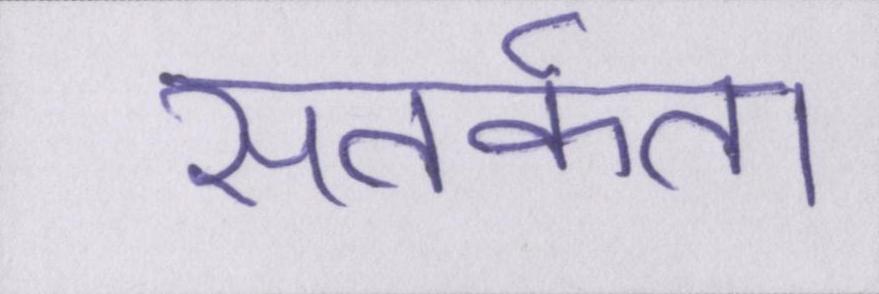
सतर्कता